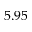
5 . 9 5